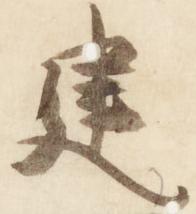
建